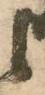
候